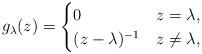
LaTeX: \begin{align*}g_\lambda(z) = \begin{cases}0 & z=\lambda,\\(z-\lambda)^{-1} & z\neq\lambda,\end{cases}\end{align*}